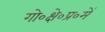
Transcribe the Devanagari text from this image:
गो०क्षे०प्र०में